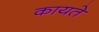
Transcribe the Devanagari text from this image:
कायते